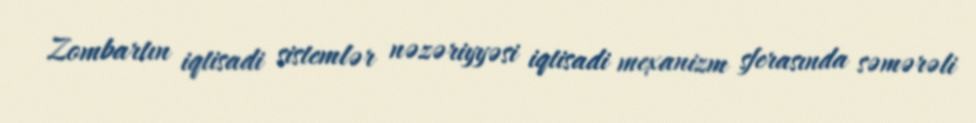
Zombartın iqtisadi sistemlər nəzəriyyəsi iqtisadi mexanizm sferasında səmərəli